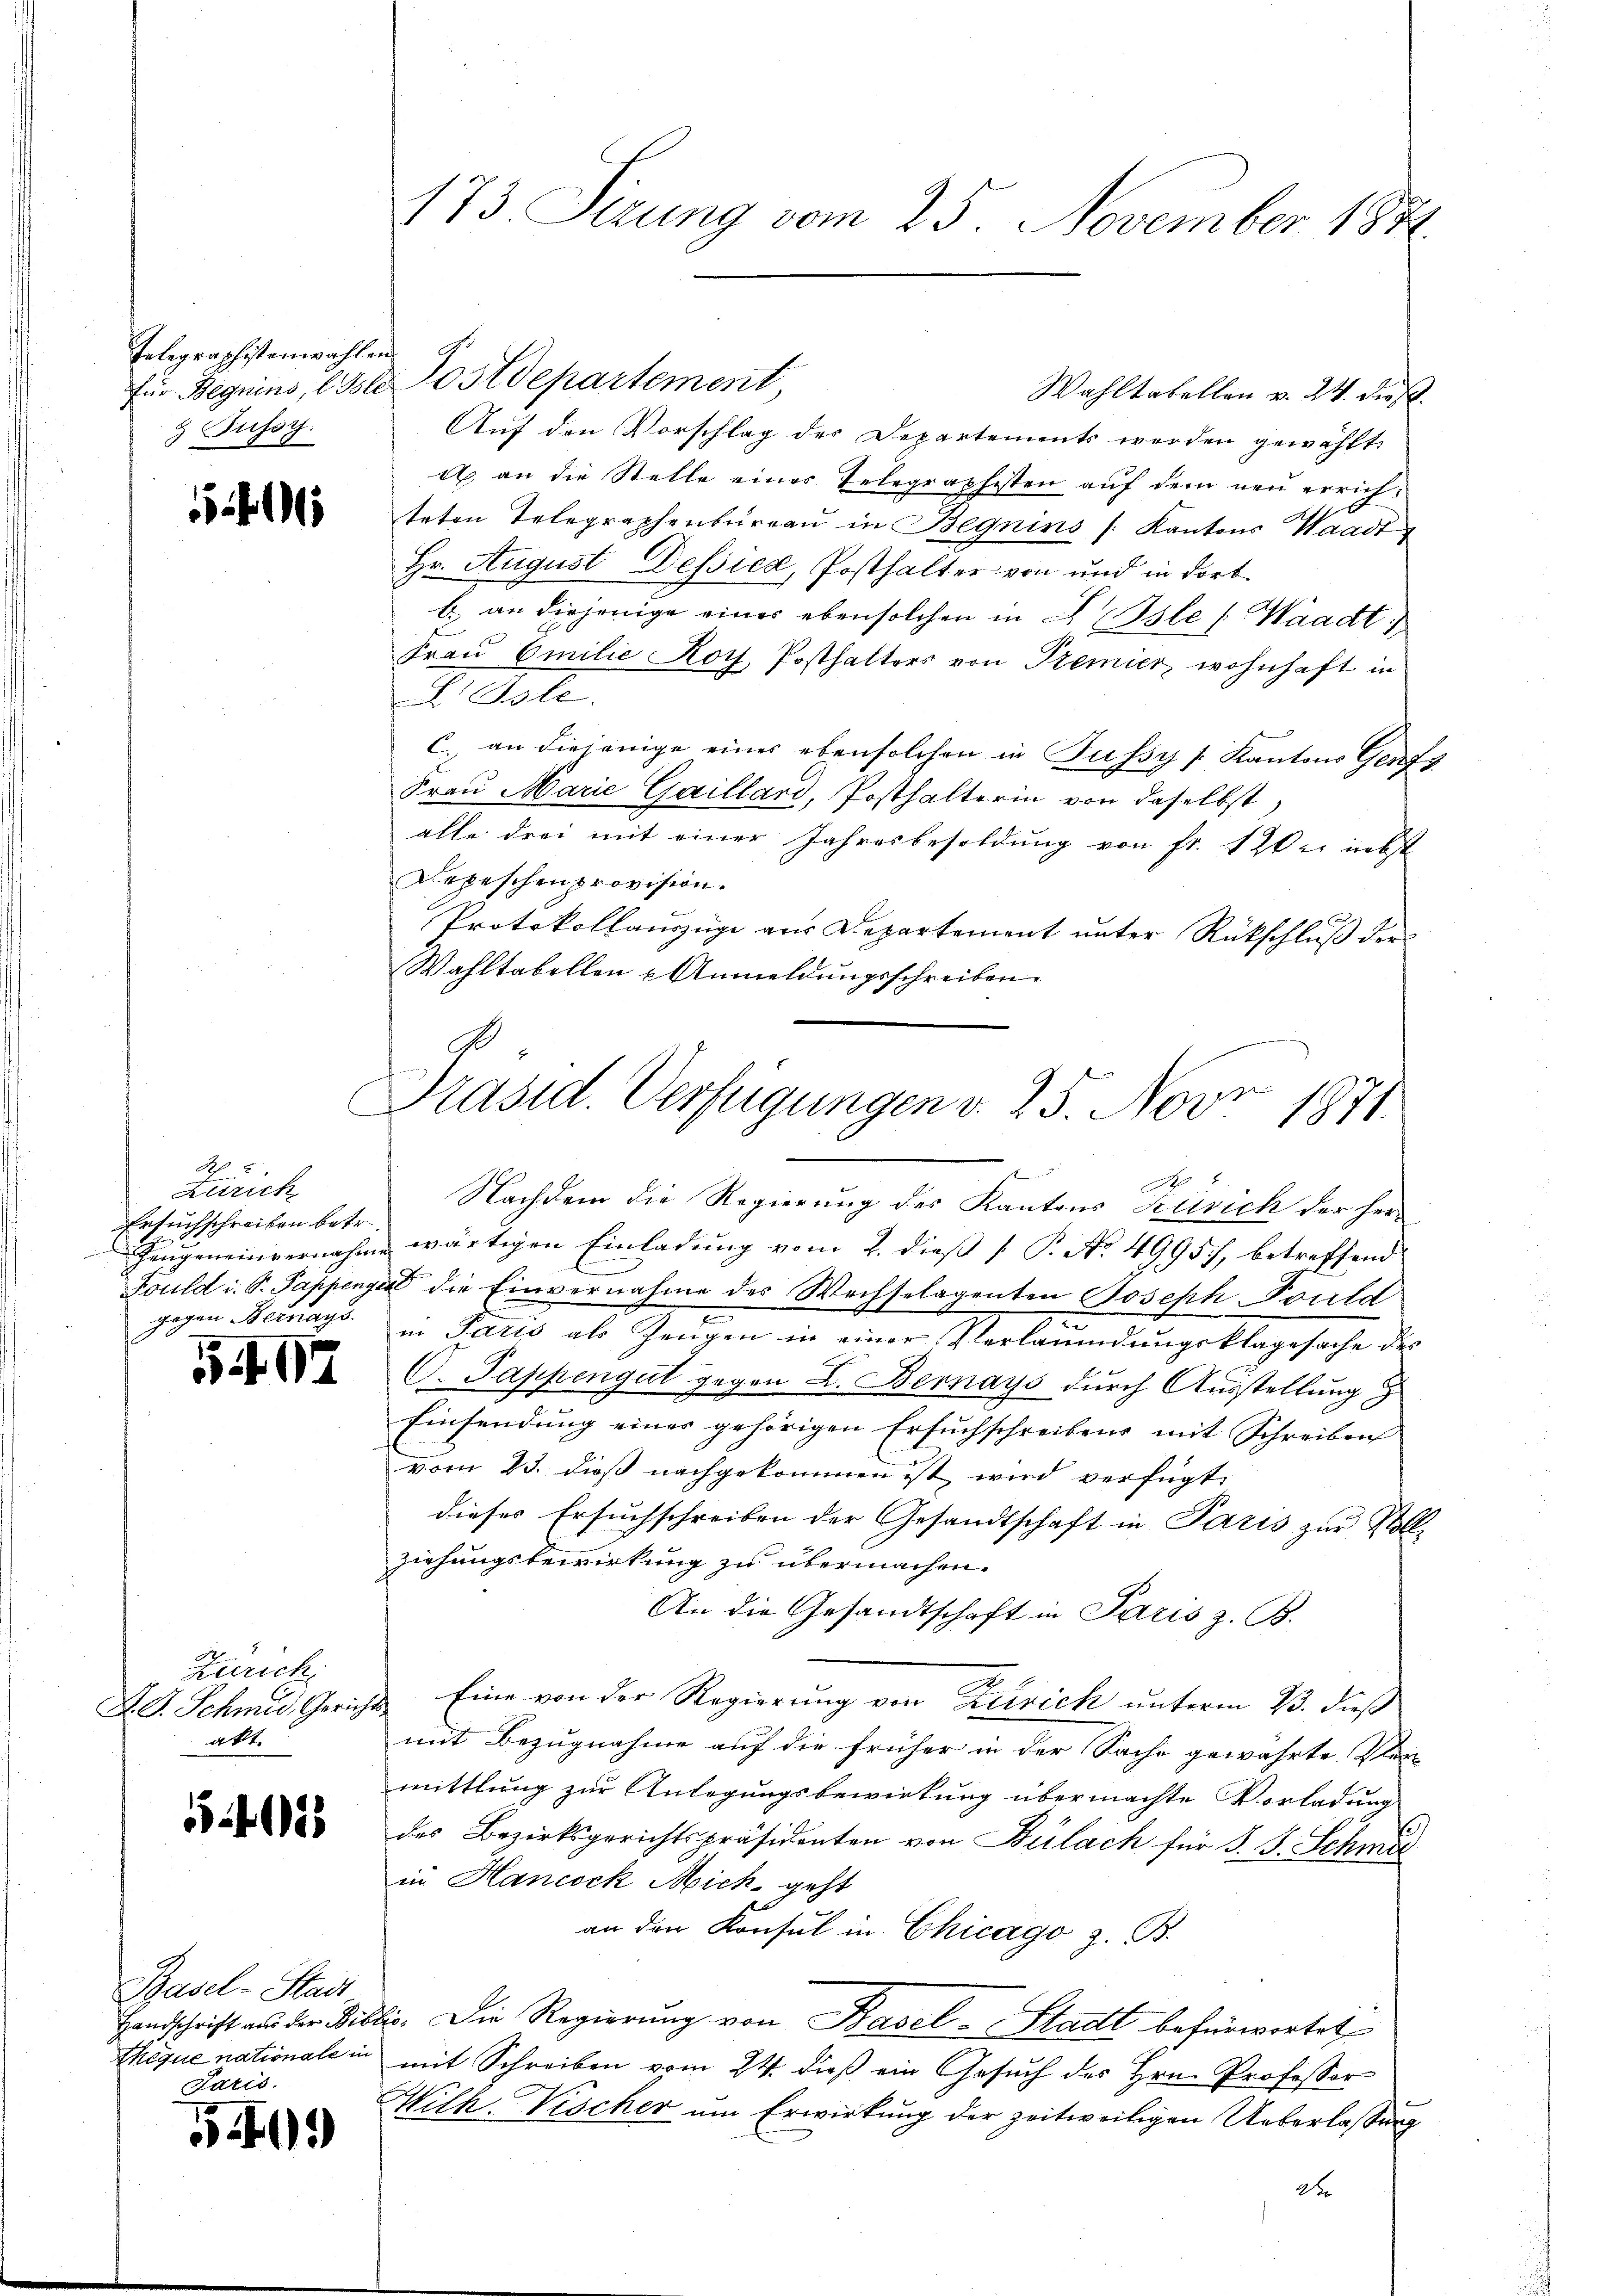
Telegraphistenwahlen.
& Fussy.

1

R 2
Zürich
Ersuchschreiben betr.
gegen Bernays.

3407

Zürich
A. G. Schmid, Gerich.
akt.

.423

Basel-Stadt
Handschrift aus der Bibe
Thique nationale in
Paris.

5

173. Serung vom 25. November 1841.

für Beguins, 1ste Postdepartement,
Wahltabellen v. 24. dies
Auf den Vorschlag des Departements werden gewählt.
a an die Stelle eines Telegraphisten auf dem neu errichteten Telegraphenburgau in Begnins Kantons Waadt
Hr. August Dessied, Posthalter von und in dortb. an diejenige einer eben solchen in L Isle /: Waadt,
Frau Emilie Koy, Posthalters von Premier wohnhaft in
L Isle
C. an diejenige eines ebensolchen in Fussy s. Kantons Genf u
Frau Marie Gaillari, Posthalterin von daselbst,
alle drei mit einer Jahresbesoldung von fr. 120. nebst
Depeschen provision.
Protokollauszüge aus Departement unter Rückschluß der
Wahltabellen u Anmeldungsschreiben.
Nachdem die Regierung des Kantons Zürich der her-
Zeugeneinvernahme wärtigen Einladung vom 2. dieß [ P. No 4995), betreffend
Fould i. S. Pappenzell die Einvernahme des Wechselagenten Joseph Fould
E
in Paris als Zeugen in einer Verläumdungsklagesache des
C. Pappengut gegen L. Bernays durch Ausstellung
Einsendung eines gehörigen Ersuchschreibens mit Schreiben
vom 23. dieß nachgekommen ist wird verfügt:
dieses Ersuchschreiben der Gesandtschaft in Paris zur Voll-
ziehungsbewirkung zu übermachen.
An die Gesandtschaft in Paris z. B.
3. Eine von der Regierung von Zürich unterm 23. dieß
mit Bezugnahme auf die früher in der Sache gewährte. Plan
mittlung zur Anlegungsbewirkung übermachte Vorladung
des Bezirksgerichtspräsidenten von Bülach für J. J. Schma
in Hancock Mich geht
an den Konsul in Chicago z. B.
tis. Die Regierung von Basel-Stadt befürwortet
mit Schreiben vom 24. dieß ein Gesuch des Hrn. Professor
Wilh. Vischer um Erwirkung der zeitweiligen Ueberlassung
d

G
Präsid. Verfügungen d. 25. Nov. 1871.